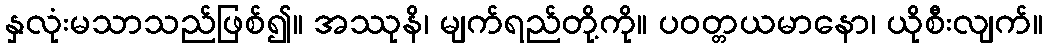
နှလုံးမသာသည်ဖြစ်၍။ အဿုနိ၊ မျက်ရည်တို့ကို။ ပဝတ္တယမာနော၊ ယိုစီးလျက်။